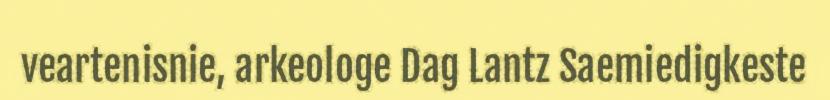
veartenisnie, arkeologe Dag Lantz Saemiedigkeste